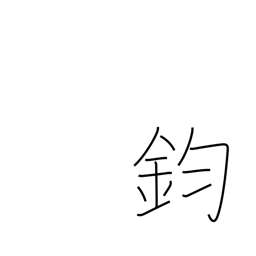
Meaning: equal